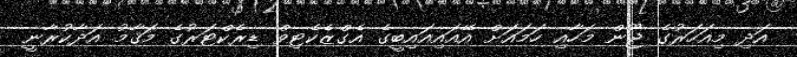
އަދި މިއަހަރުގެ ޖޫން މަހާއި ހަމައަށް އޭއައިއައިބީގެ އެގްޒެކެޓިވް ޑިރެކްޓަރުގެ މަޤާމު އަދާކުރާނީ